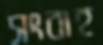
সংবাহ